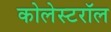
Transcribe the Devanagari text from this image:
कोलेस्टरॉल